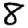
Digit: 8